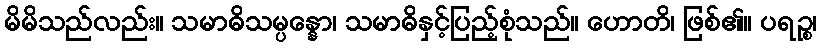
မိမိသည်လည်း။ သမာဓိသမ္ပန္နော၊ သမာဓိနှင့်ပြည့်စုံသည်။ ဟောတိ၊ ဖြစ်၏။ ပရဉ္စ၊